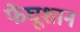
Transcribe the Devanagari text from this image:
फेंघूशान